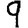
Digit: 9